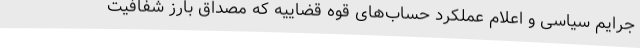
جرایم سیاسی و اعلام عملکرد حساب‌های قوه قضاییه که مصداق بارز شفافیت